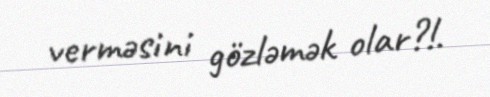
verməsini gözləmək olar?!.